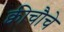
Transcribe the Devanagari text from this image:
क्वीचौचे